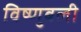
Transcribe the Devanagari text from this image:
विष्णुबली